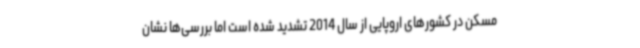
مسکن در کشورهای اروپایی از سال 2014 تشدید شده است اما بررسی‌ها نشان